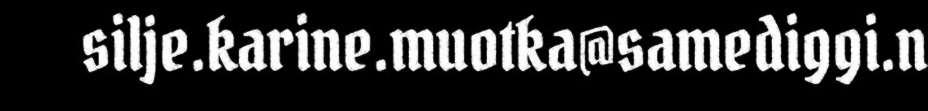
silje.karine.muotka@samediggi.n